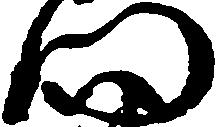
門